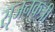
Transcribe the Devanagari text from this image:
सृजनकत्री